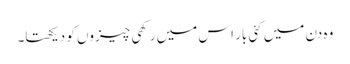
وہ دن میں کئی بار اس میں رکھی چیزوں کو دیکھتا۔